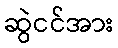
ဆွဲငင်အား